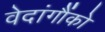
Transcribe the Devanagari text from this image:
वेदांगौंको